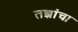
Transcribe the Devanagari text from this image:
तज्ञांचा